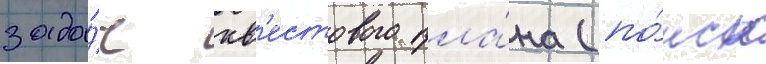
зада́ч кв'естового пла́на (по́иск